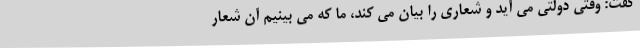
گفت: وقتی دولتی می آید و شعاری را بیان می کند، ما که می بینیم آن شعار